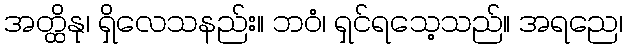
အတ္ထိနု၊ ရှိလေသနည်း။ ဘဝံ၊ ရှင်ရသေ့သည်။ အရညေ၊